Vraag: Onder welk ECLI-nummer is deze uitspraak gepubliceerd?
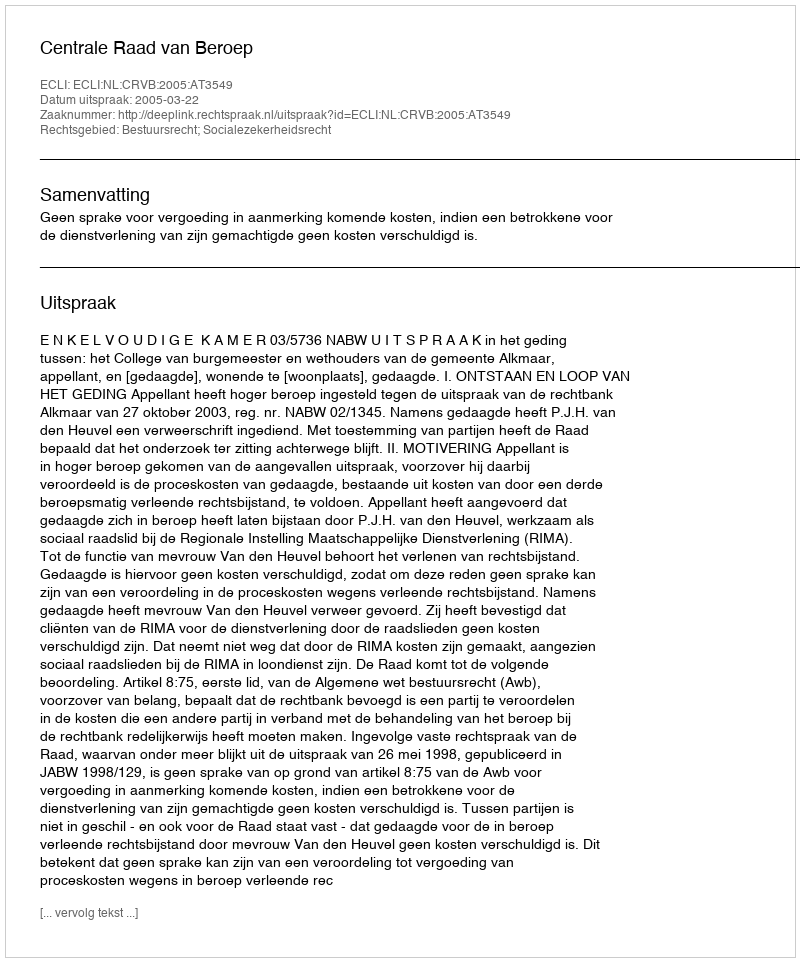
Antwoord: ECLI:NL:CRVB:2005:AT3549